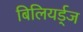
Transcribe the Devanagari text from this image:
बिलियर्ड्‌ज